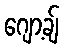
ဂျော့ချ်